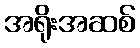
အရိုးအဆစ်